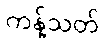
ကန့်သတ်